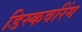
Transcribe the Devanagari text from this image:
डिस्कवरिंग